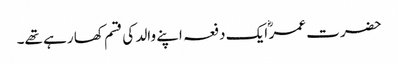
حضرت عمر ؓ ایک دفعہ اپنے والد کی قسم کھا رہے تھے۔